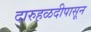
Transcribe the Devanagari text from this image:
दारुहळदीपासून